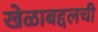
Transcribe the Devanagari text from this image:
खेळाबद्दलची